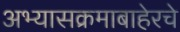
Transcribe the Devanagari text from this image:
अभ्यासक्रमाबाहेरचे